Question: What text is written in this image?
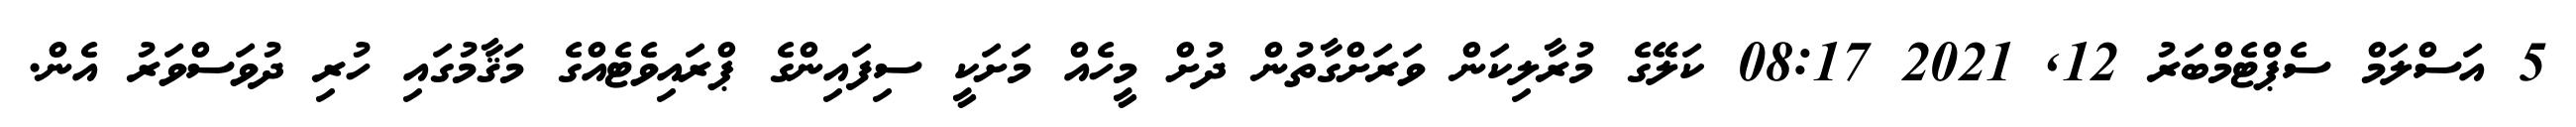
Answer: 5 އަސްލަމް ސެޕްޓެމްބަރު 12, 2021 08:17 ކަލޭގެ މުރާލިކަން ވަރަށްގާތުން ދުށް މީހެއް މަށަކީ ސިފައިންގެ ޕްރައިވެޓެއްގެ މަޤާމުގައި ހުރި ދުވަސްވަރު އެން.